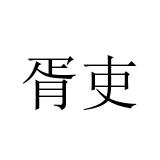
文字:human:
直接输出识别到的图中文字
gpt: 胥吏